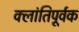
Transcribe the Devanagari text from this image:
क्लांतिपूर्वक